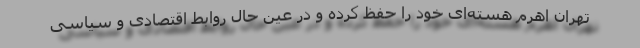
تهران اهرم هسته‌ای خود را حفظ کرده و در عین حال روابط اقتصادی و سیاسی